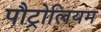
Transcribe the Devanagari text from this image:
पौट्रोलियम